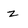
Character: z